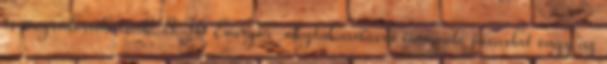
is megvalósíthatóak. 8 36 Energia-megtakarításra irányuló javaslat vagy az